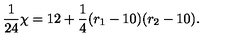
{ \frac { 1 } { 2 4 } } \chi = 1 2 + { \frac { 1 } { 4 } } ( r _ { 1 } - 1 0 ) ( r _ { 2 } - 1 0 ) .